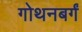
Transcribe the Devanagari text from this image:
गोथनबर्गं